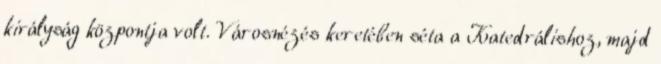
királyság központja volt. Városnézés keretében séta a Katedrálishoz, majd